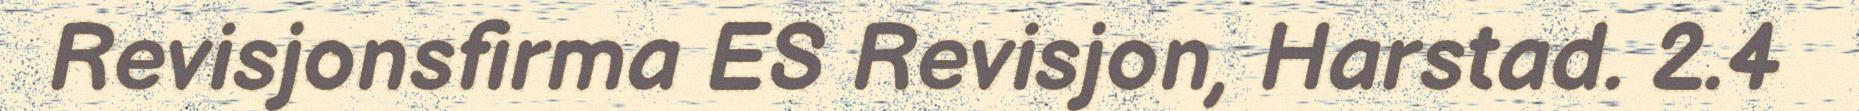
Revisjonsfirma ES Revisjon, Harstad. 2.4